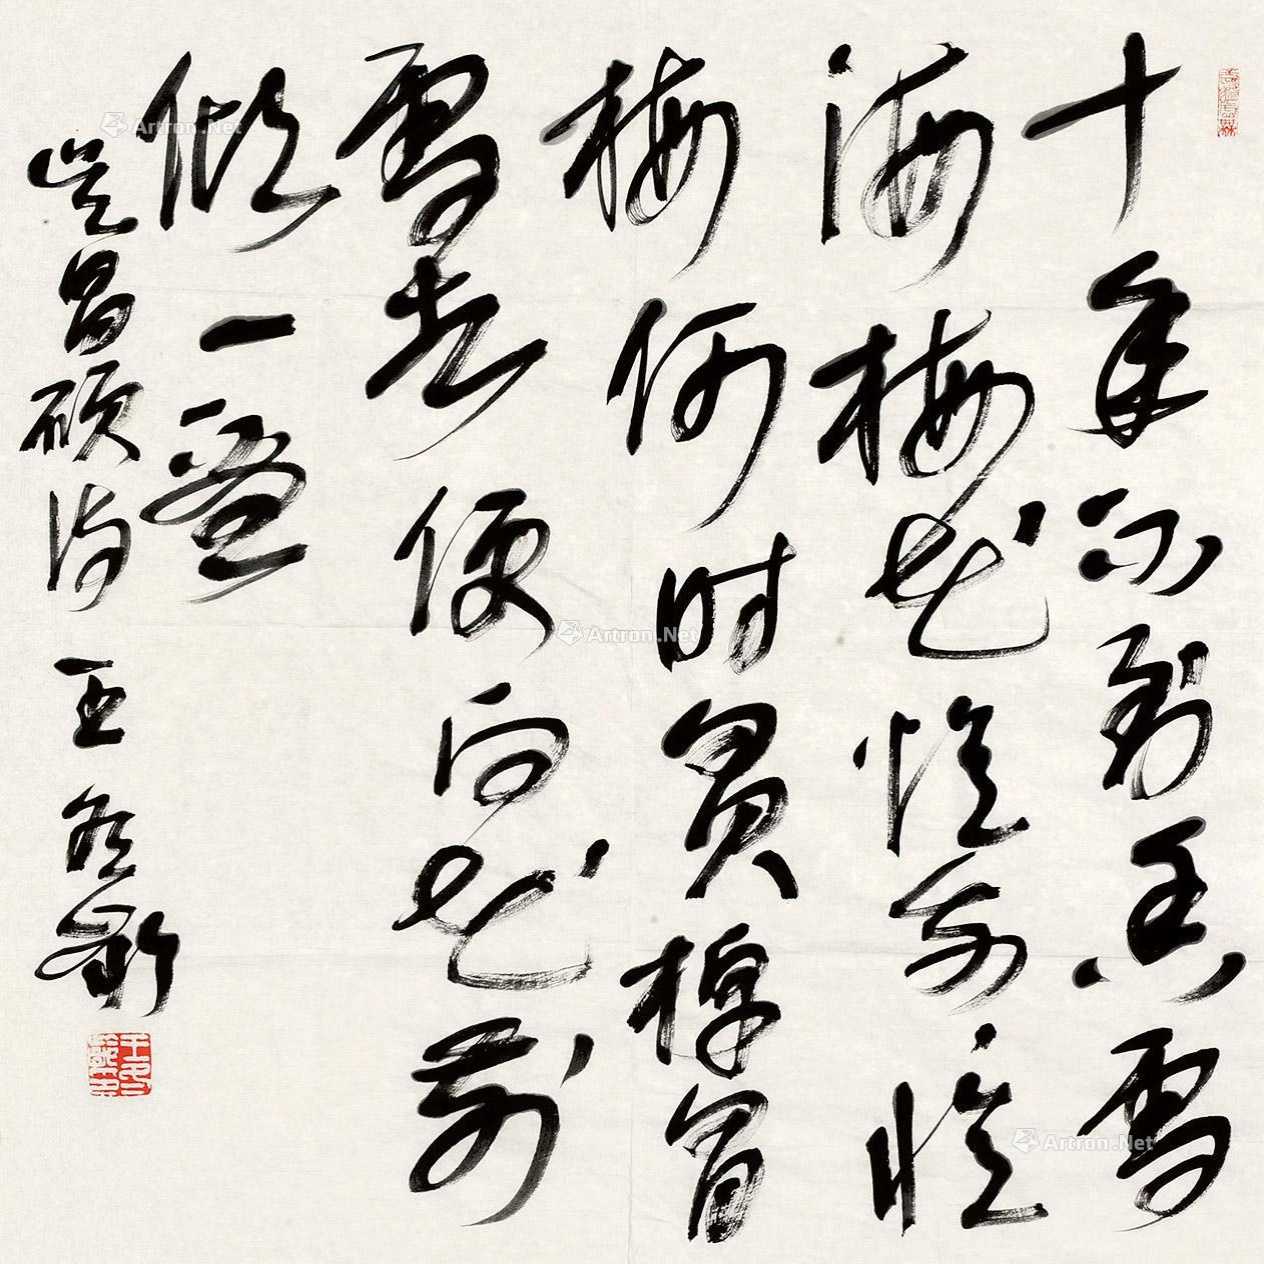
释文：十年不到香雪海，梅花忆我我忆梅。何时买棹冒雪去，便向花前倾一壶。吴昌硕诗王冬龄。